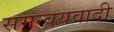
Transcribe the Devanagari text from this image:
समन्‍वयवादी